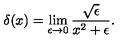
\delta ( x ) = \lim _ { \epsilon \rightarrow 0 } { \frac { \sqrt { \epsilon } } { x ^ { 2 } + \epsilon } } .